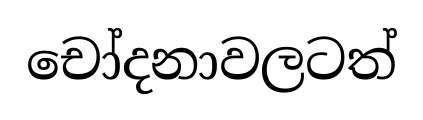
චෝදනාවලටත්